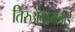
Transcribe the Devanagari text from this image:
तिरुअंनामलाई